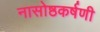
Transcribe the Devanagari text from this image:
नासोष्ठकर्षणी